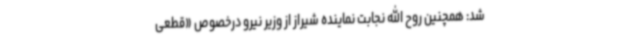
شد: همچنین روح الله نجابت نماینده شیراز از وزیر نیرو درخصوص «قطعی